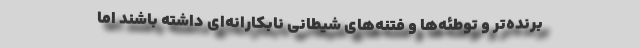
برنده‌تر و توطئه‌ها و فتنه‌های شیطانی نابکارانه‌ای داشته باشند اما